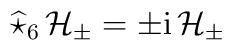
\widehat{\star}_6 \, {\mathcal{H}}_\pm = \pm {\rm i} \, {\mathcal{H}}_\pm